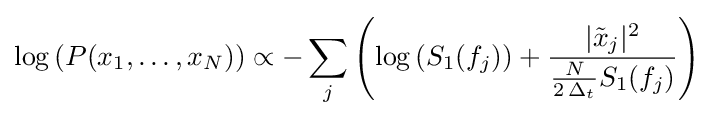
\log \left(P(x_{1},\ldots ,x_{N})\right)\propto -\sum _{j}\left(\log \left(S_{1}(f_{j})\right)+{\frac {|{\tilde {x}}_{j}|^{2}}{{\frac {N}{2\,\Delta _{t}}}S_{1}(f_{j})}}\right)